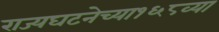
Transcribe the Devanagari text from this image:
राज्यघटनेच्या१६८व्या